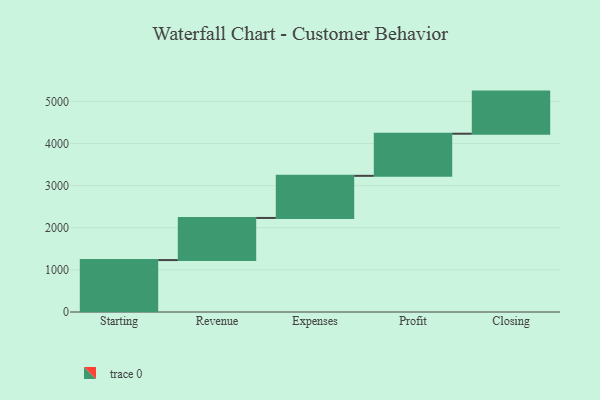
{"axis": {"x": "Step", "y": "Value"}, "legend": [""], "data": [{"x": "Starting", "y": 1233.0, "type": ""}, {"x": "Revenue", "y": 1000, "type": ""}, {"x": "Expenses", "y": 1000, "type": ""}, {"x": "Profit", "y": 1000, "type": ""}, {"x": "Closing", "y": 1000, "type": ""}]}